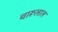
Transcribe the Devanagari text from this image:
चारूलाल